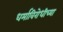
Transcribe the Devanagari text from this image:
धर्माविरोधीच्या